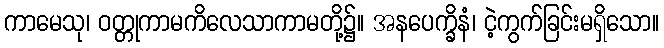
ကာမေသု၊ ဝတ္တုကာမကိလေသာကာမတို့၌။ အနပေက္ခိနံ၊ ငဲ့ကွက်ခြင်းမရှိသော။